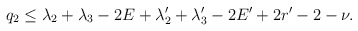
\begin{align*} q_2\le\lambda_2+\lambda_3-2E+\lambda_2'+\lambda_3'-2E'+2r'-2-\nu.\end{align*}